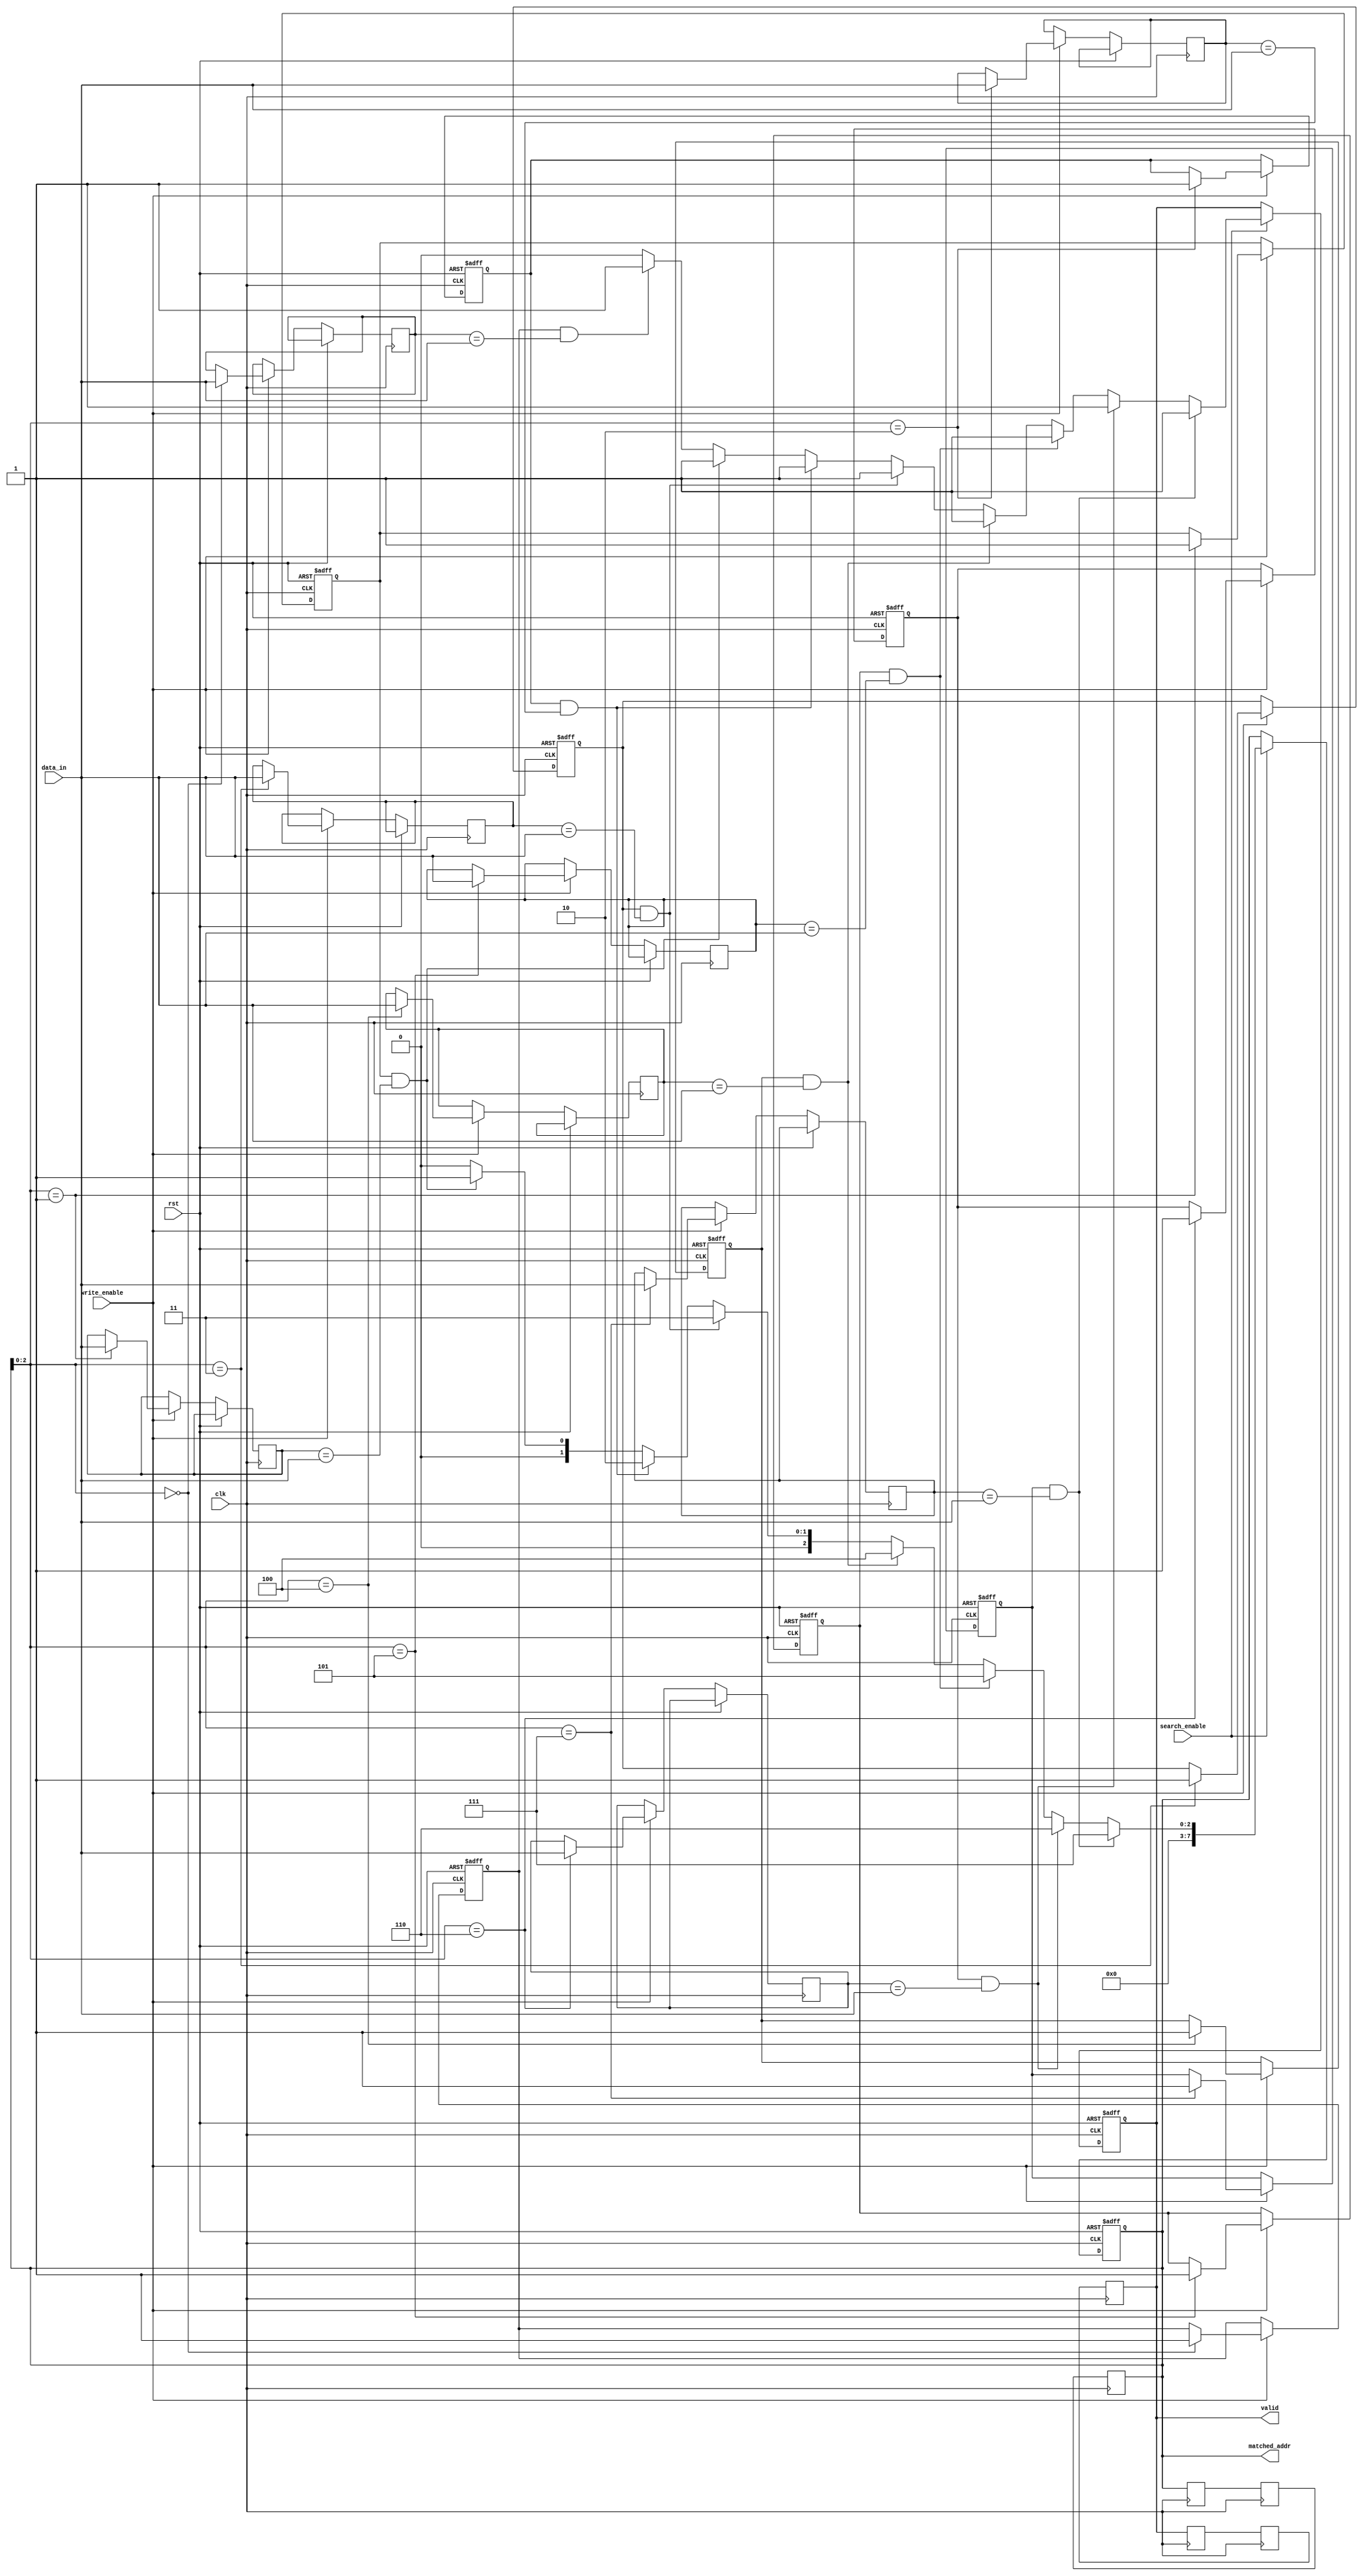
module pipelined_cam #(
    parameter DATA_WIDTH = 32,    // Width of data entries
    parameter ADDR_WIDTH = 8,     // Number of entries in CAM
    parameter PIPELINE_DEPTH = 2   // Number of pipeline stages
)(
    input wire clk,                // Clock signal
    input wire rst,                // Reset signal
    input wire [DATA_WIDTH-1:0] data_in, // Data input for write/search
    input wire write_enable,       // Write enable signal
    input wire search_enable,      // Search enable signal
    output reg [ADDR_WIDTH-1:0] matched_addr, // Matched address output
    output reg valid               // Valid output signal
);

    // Memory array: each entry has data and a valid bit
    reg [DATA_WIDTH-1:0] memory [0:ADDR_WIDTH-1];
    reg valid_bits [0:ADDR_WIDTH-1];

    // Pipeline registers
    reg [DATA_WIDTH-1:0] search_reg [0:PIPELINE_DEPTH-1];
    reg [ADDR_WIDTH-1:0] match_reg [0:PIPELINE_DEPTH-1];
    reg valid_reg [0:PIPELINE_DEPTH-1];

    // Search logic
    integer i;
    always @(posedge clk or posedge rst) begin
        if (rst) begin
            matched_addr <= 0;
            valid <= 0;
            for (i = 0; i < ADDR_WIDTH; i = i + 1) begin
                valid_bits[i] <= 0;
            end
        end else begin
            // Write operation
            if (write_enable) begin
                memory[matched_addr] <= data_in;
                valid_bits[matched_addr] <= 1; // Set valid bit
            end

            // Search operation
            if (search_enable) begin
                valid <= 0; // Reset valid signal
                matched_addr <= {ADDR_WIDTH{1'b0}}; // Reset matched address
                for (i = 0; i < ADDR_WIDTH; i = i + 1) begin
                    if (valid_bits[i] && (memory[i] == data_in)) begin
                        matched_addr <= i; // Match found
                        valid <= 1; // Set valid signal
                    end
                end
            end
        end
    end

    // Pipelining logic
    always @(posedge clk) begin
        // Shift search results through pipeline
        search_reg[0] <= data_in;
        for (i = 1; i < PIPELINE_DEPTH; i = i + 1) begin
            search_reg[i] <= search_reg[i-1];
        end

        // Shift matched addresses through pipeline
        match_reg[0] <= matched_addr;
        for (i = 1; i < PIPELINE_DEPTH; i = i + 1) begin
            match_reg[i] <= match_reg[i-1];
        end

        // Shift valid bits through pipeline
        valid_reg[0] <= valid;
        for (i = 1; i < PIPELINE_DEPTH; i = i + 1) begin
            valid_reg[i] <= valid_reg[i-1];
        end
    end

    // Final output from last pipeline stage
    always @(posedge clk) begin
        matched_addr <= match_reg[PIPELINE_DEPTH-1];
        valid <= valid_reg[PIPELINE_DEPTH-1];
    end

endmodule